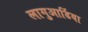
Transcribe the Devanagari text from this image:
लागुआर्डिया